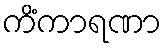
ကိံကာရဏာ